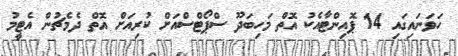
ހަވަނައިގައި 14 ޕޮއިންޓާއެކު އޮތް މަހިބަދޫ ސްޕޯޓްސްއަށް ކުރިއަށް އޮތް ދެމެޗުން އެޓީމު